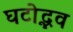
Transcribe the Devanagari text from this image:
घटोद्भव